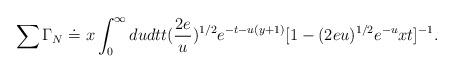
LaTeX: \begin{align*}\sum \Gamma_N \doteq x\int^{\infty}_0 dudt t(\frac{2e}{u})^{1/2}e^{-t-u(y+1)}[1-(2eu)^{1/2}e^{-u}xt]^{-1}.\end{align*}